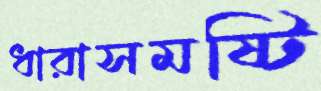
ধারাসমষ্টি